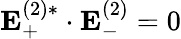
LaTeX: \mathbf{E}_{+}^{(2)*}\cdot\mathbf{E}_{-}^{(2)}=0